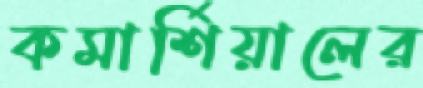
কমার্শিয়ালের